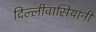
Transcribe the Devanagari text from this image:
दिल्लीवासियांनी